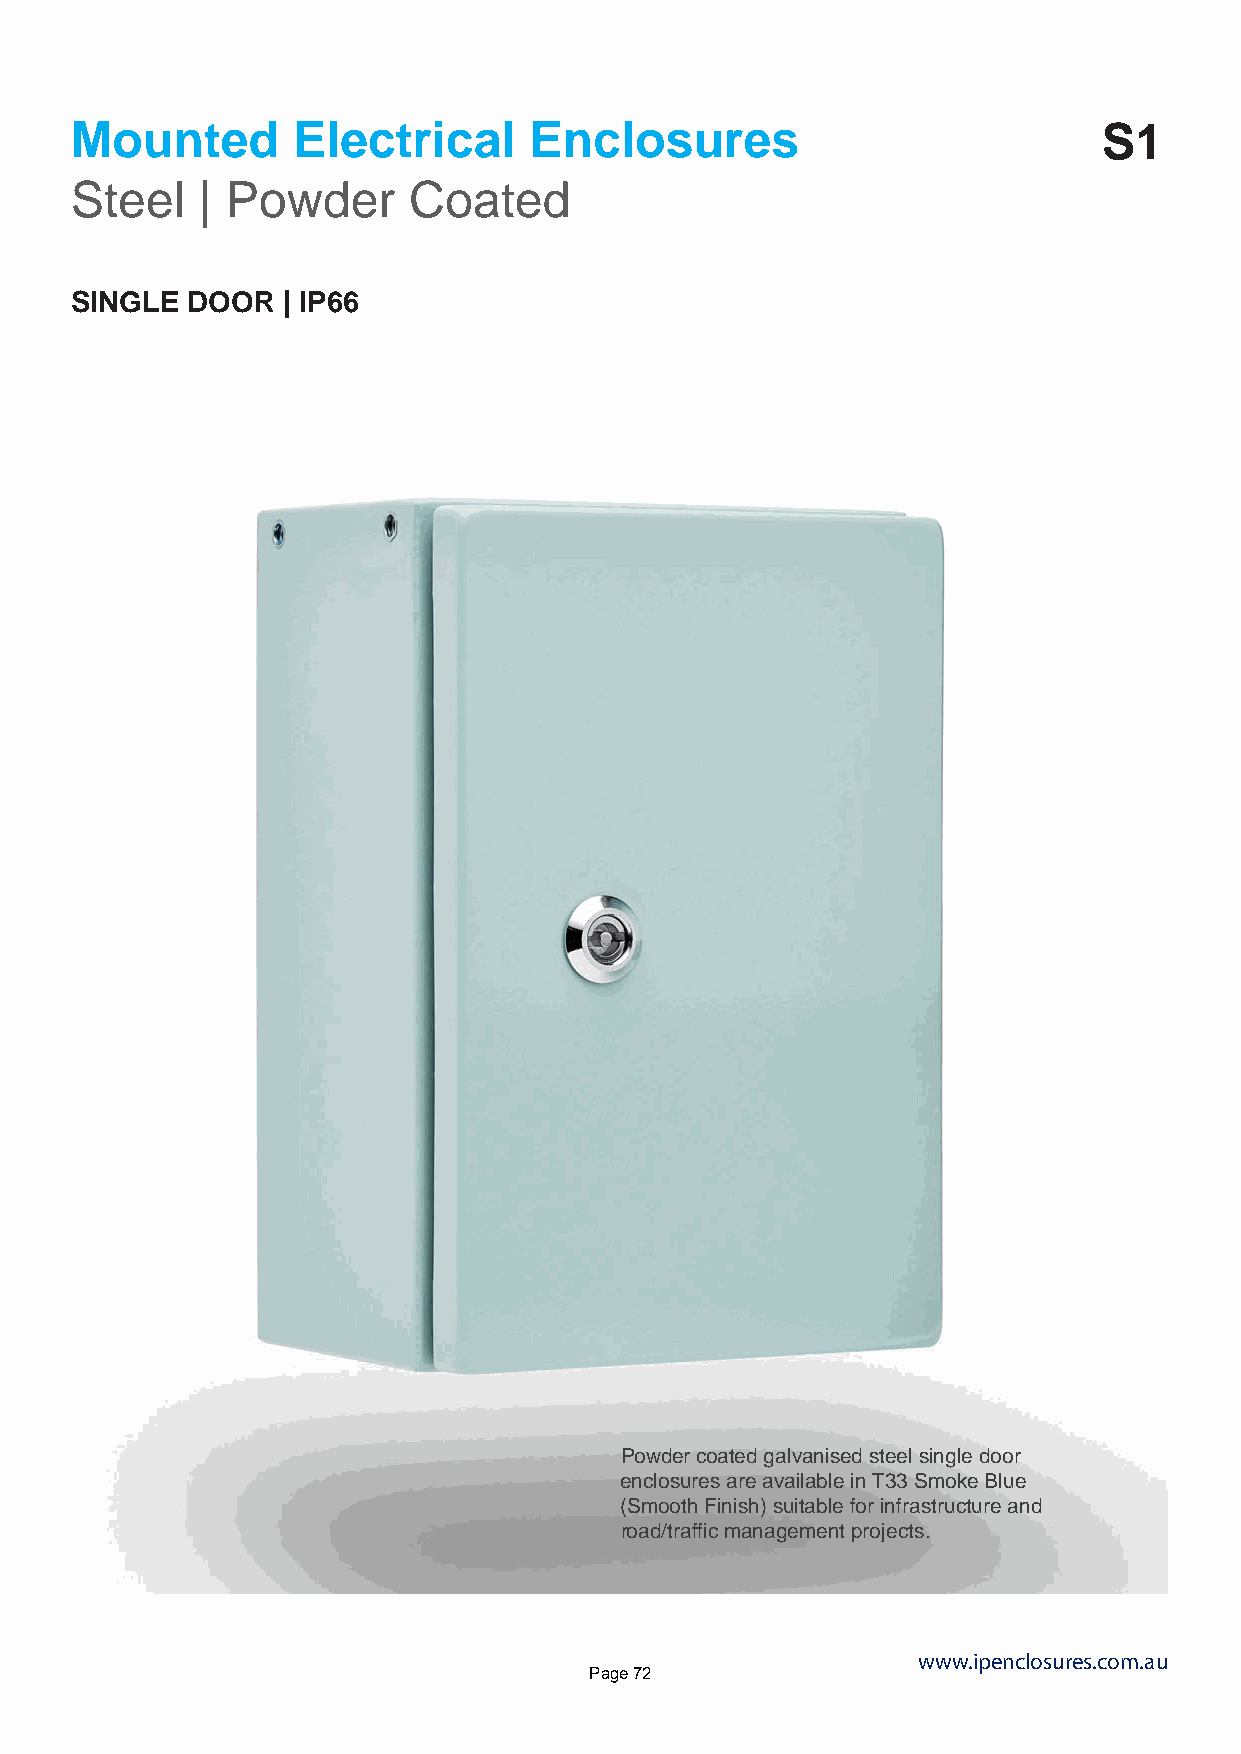
Mounted       Electrical      Enclosures                            S1
 Steel   | Powder      Coated
 SINGLE DOOR   | IP66
 Powder coated galvanised steel single door
 enclosures are available in T33 Smoke Blue
 (Smooth Finish) suitable for infrastructure and
 road/traffic management projects.
 www.ipenclosures.com.au
 Page 72